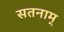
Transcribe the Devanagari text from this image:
सतनाम्